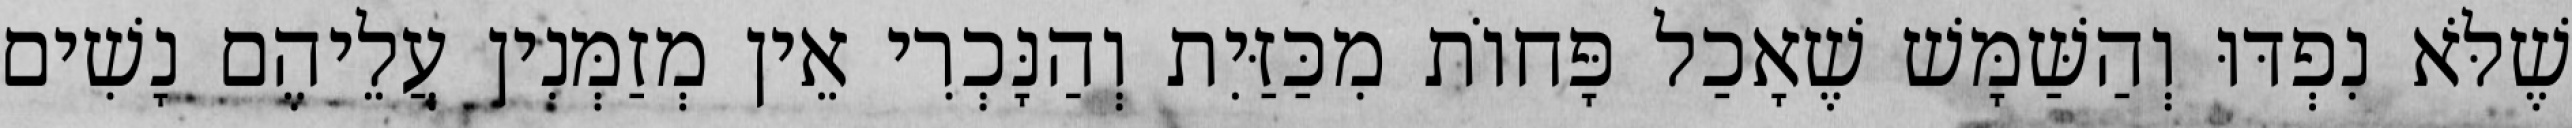
שֶׁלֹּא נִפְדּוּ וְהַשַּׁמָּשׁ שֶׁאָכַל פָּחוֹת מִכַּזַּיִת וְהַנָּכְרִי אֵין מְזַמְּנִין עֲלֵיהֶם נָשִׁים